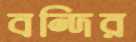
বন্দির